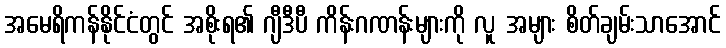
အမေရိကန်နိုင်ငံတွင် အစိုးရ၏ ဂျီဒီပီ ကိန်းဂဏန်းများကို လူ အများ စိတ်ချမ်းသာအောင်